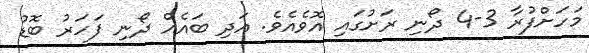
މަހަށްފުރާ 3-4 ދޯނި ރަށުގައި އޮވެއެވެ. އަދި ބައެއް ދޯނި ފަހަރު ބޮޑު